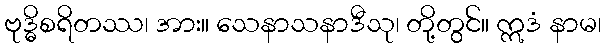
ဗုဒ္ဓိစရိတဿ၊ အား။ သေနာသနာဒီသု၊ တို့တွင်။ ဣဒံ နာမ၊